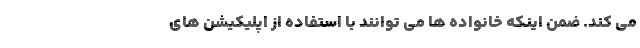
می کند. ضمن اینکه خانواده ها می توانند با استفاده از اپلیکیشن های